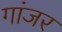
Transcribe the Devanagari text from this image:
गांजर